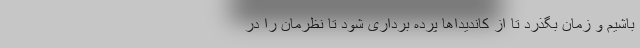
باشیم و زمان بگذرد تا از کاندیداها پرده برداری شود تا نظرمان را در